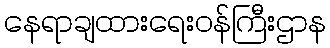
နေရာချထားရေးဝန်ကြီးဌာန